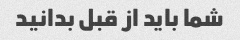
شما باید از قبل بدانید